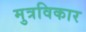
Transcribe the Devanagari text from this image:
मुत्रविकार